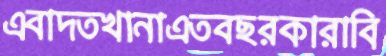
এবাদতখানাএতবছরকারাবি